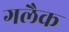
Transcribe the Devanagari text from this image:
गलैक